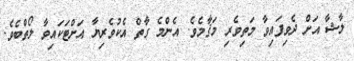
ލާޝާ އަށް ދެވިފައިވާ މަތިވެރި މަޤާމެވެ. އެންމެ ގާތް އެކުވެރިޔާ އަށްޓަކައިވާ ލޯތްބެވެ.